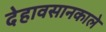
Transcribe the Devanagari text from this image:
देहावसानकाले